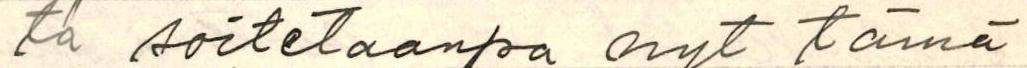
ta soitetaanpa nyt tämä